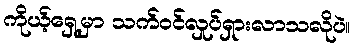
ကိုယ့်ရှေ့မှာ သက်ဝင်လှုပ်ရှားလာသလိုပဲ။